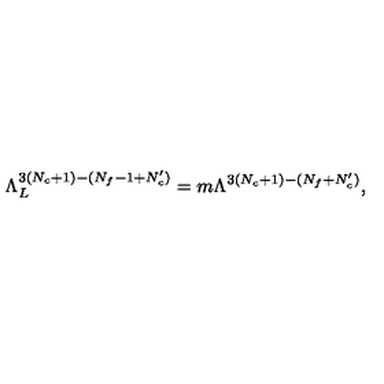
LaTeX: \Lambda _ { L } ^ { 3 ( N _ { c } + 1 ) - ( N _ { f } - 1 + N _ { c } ^ { \prime } ) } = m \Lambda ^ { 3 ( N _ { c } + 1 ) - ( N _ { f } + N _ { c } ^ { \prime } ) } ,